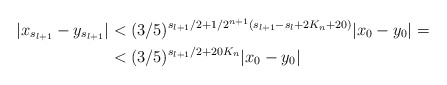
\begin{align*}|x_{s_{l+1}} - y_{s_{l+1}}| &< (3/5)^{s_{l+1}/2 + 1/2^{n+1}(s_{l+1} - s_l + 2K_n + 20)} |x_0 - y_0| =\\&< (3/5)^{s_{l+1}/2 + 20K_n} |x_0 - y_0|\end{align*}